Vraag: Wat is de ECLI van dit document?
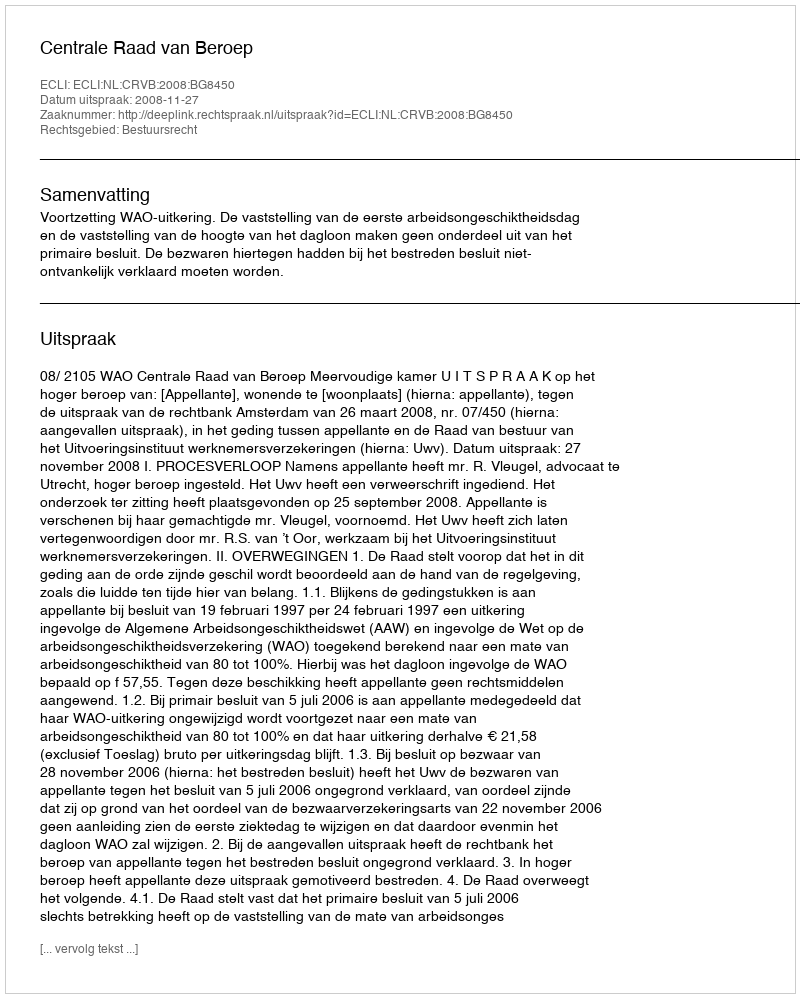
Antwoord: ECLI:NL:CRVB:2008:BG8450